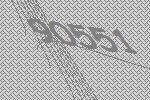
90551